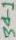
Text: 34-1